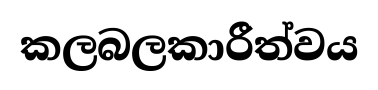
කලබලකාරීත්වය